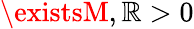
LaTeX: \existsM,\mathbb{R}>0